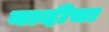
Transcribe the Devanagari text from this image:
यादीचा